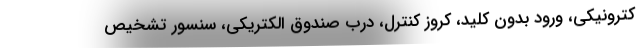
کترونیکی، ورود بدون کلید، کروز کنترل، درب صندوق الکتریکی، سنسور تشخیص